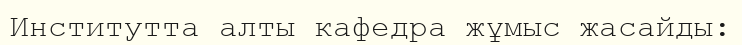
Институтта алты кафедра жұмыс жасайды: